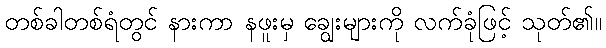
တစ်ခါတစ်ရံတွင် နားကာ နဖူးမှ ချွေးများကို လက်ခုံဖြင့် သုတ်၏။